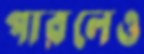
পারলেও